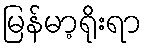
မြန်မာ့ရိုးရာ